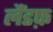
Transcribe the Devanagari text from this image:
लैंडफ़